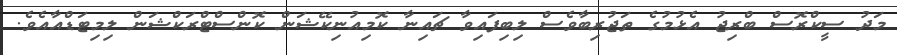
މަދު ސީކްރޮސް ބްރިޖު އެޅުމުގެ ތަޖުރިބާވެސް ލިބިފައިވާ ޗައިނާ ކޮމިއުނިކޭޝަން ކޮންސްޓްރަކްޝަން ލިމިޓަޑްއާއެވެ.